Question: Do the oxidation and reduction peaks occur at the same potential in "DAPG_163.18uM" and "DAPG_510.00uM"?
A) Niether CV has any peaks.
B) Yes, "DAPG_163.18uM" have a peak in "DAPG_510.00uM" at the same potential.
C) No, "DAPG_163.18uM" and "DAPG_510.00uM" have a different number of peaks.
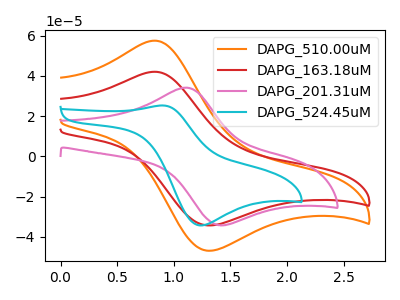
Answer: <think>The orange curve "DAPG_510.00uM" has an anodic peak at (0.85V, 57.55uA) and a cathodic peak at (1.30V, -46.80uA). The red curve "DAPG_163.18uM" has an anodic peak at (0.85V, 42.10uA) and a cathodic peak at (1.30V, -34.25uA). The pink curve "DAPG_201.31uM" has an anodic peak at (1.10V, 34.20uA) and a cathodic peak at (1.40V, -34.15uA). The cyan curve "DAPG_524.45uM" has an anodic peak at (0.90V, 25.35uA) and a cathodic peak at (1.25V, -34.25uA).</think>
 <answer>B) Yes, "DAPG_163.18uM" have a peak in "DAPG_510.00uM" at the same potential.</answer>
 <eval>B</eval>